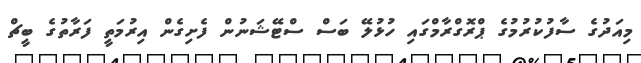
މިއަދުގެ ސާފުކުރުމުގެ ޕްރޮގްރާމްގައި ހުޅުލޭ ބަސް ސްޓޭޝަނުން ފެށިގެން އިރުމަތީ ފަރާތުގެ ބީޗް